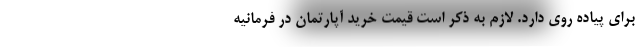
برای پیاده روی دارد. لازم به ذکر است قیمت خرید آپارتمان در فرمانیه